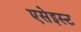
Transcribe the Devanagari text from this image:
एसेइस्ट